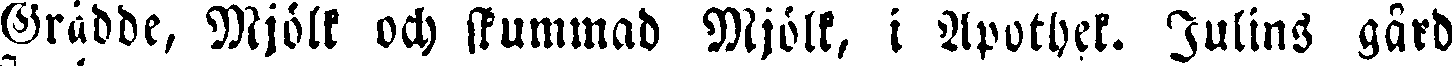
Grädde, Mjölk och skummad Mjölk, i Apothek. Julius gård